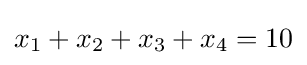
x_{1}+x_{2}+x_{3}+x_{4}=10